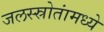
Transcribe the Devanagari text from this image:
जलस्स्रोतांमध्ये